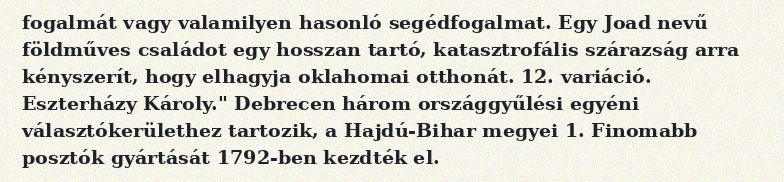
fogalmát vagy valamilyen hasonló segédfogalmat. Egy Joad nevű földműves családot egy hosszan tartó, katasztrofális szárazság arra kényszerít, hogy elhagyja oklahomai otthonát. 12. variáció. Eszterházy Károly." Debrecen három országgyűlési egyéni választókerülethez tartozik, a Hajdú-Bihar megyei 1. Finomabb posztók gyártását 1792-ben kezdték el.